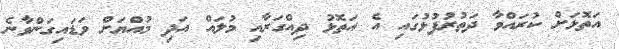
އަތޮޅަށް ކުރައްވާ ދަތުރުފުޅުގައި އެ އަތޮޅު ދިއްގަރާއި މުލައް އަދި މުއްޔަށް ވަޑައިގަންވާނެ